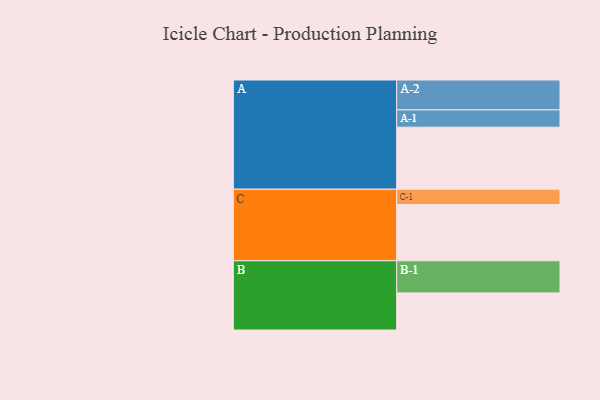
{"axis": {"x": "Segment", "y": "Value"}, "legend": ["", "A", "B", "C"], "data": [{"x": "A", "y": 548, "type": ""}, {"x": "B", "y": 328, "type": ""}, {"x": "C", "y": 496, "type": ""}, {"x": "A-1", "y": 153, "type": "A"}, {"x": "A-2", "y": 264, "type": "A"}, {"x": "B-1", "y": 284, "type": "B"}, {"x": "C-1", "y": 136, "type": "C"}]}